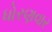
ધોરણવાર